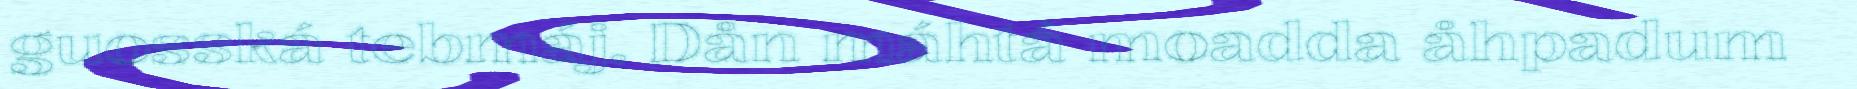
guosská tebmáj. Dån máhtá moadda åhpadum